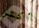
أكثر